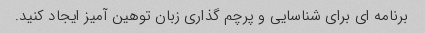
برنامه ای برای شناسایی و پرچم گذاری زبان توهین آمیز ایجاد کنید.